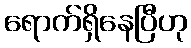
ရောက်ရှိနေပြီဟု